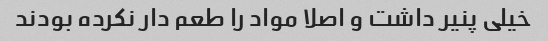
خیلی پنیر داشت و اصلا مواد را طعم دار نکرده بودند